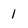
Character: 1